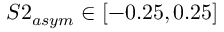
S 2 _ { a s y m } \in [ - 0 . 2 5 , 0 . 2 5 ]